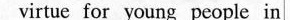
ⅵrtue for young people in